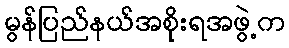
မွန်ပြည်နယ်အစိုးရအဖွဲ့က